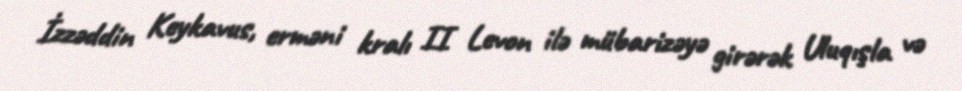
İzzəddin Keykavus, erməni kralı II Levon ilə mübarizəyə girərək Uluqışla və